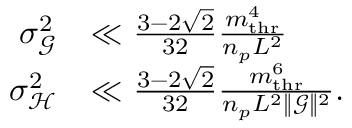
\begin{array} { r l } { \sigma _ { \mathcal { G } } ^ { 2 } } & { \ll \frac { 3 - 2 \sqrt { 2 } } { 3 2 } \frac { m _ { \mathrm { t h r } } ^ { 4 } } { n _ { p } L ^ { 2 } } } \\ { \sigma _ { \mathcal { H } } ^ { 2 } } & { \ll \frac { 3 - 2 \sqrt { 2 } } { 3 2 } \frac { m _ { \mathrm { t h r } } ^ { 6 } } { n _ { p } L ^ { 2 } \lVert \boldsymbol { \mathcal { G } } \rVert ^ { 2 } } . } \end{array}